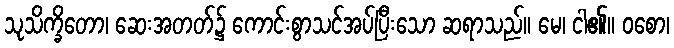
သုသိက္ခိတော၊ ဆေးအတတ်၌ ကောင်းစွာသင်အပ်ပြီးသော ဆရာသည်။ မေ၊ ငါ၏။ ဝစော၊